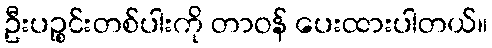
ဦးပဉ္စင်းတစ်ပါးကို တာဝန် ပေးထားပါတယ်။